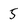
Character: 5